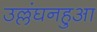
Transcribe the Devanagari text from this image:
उल्लंघनहुआ